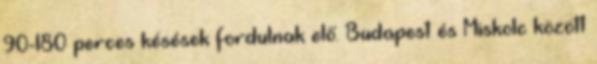
90-180 perces késések fordulnak elő. Budapest és Miskolc között